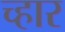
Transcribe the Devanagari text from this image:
च्हार